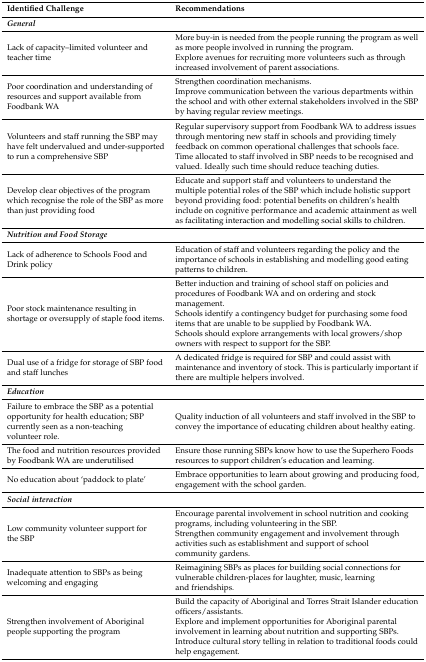
| Identified Challenge | Recommendations |
 | --- | --- |
 | General |  |
 | Lack of capacity–limited volunteer and teacher time | More buy-in is needed from the people running the program as well as more people involved in running the program.Explore avenues for recruiting more volunteers such as through increased involvement of parent associations. |
 | Poor coordination and understanding of resources and support available from Foodbank WA | Strengthen coordination mechanisms.Improve communication between the various departments within the school and with other external stakeholders involved in the SBP by having regular review meetings. |
 | Volunteers and staff running the SBP may have felt undervalued and under-supported to run a comprehensive SBP | Regular supervisory support from Foodbank WA to address issues through mentoring new staff in schools and providing timely feedback on common operational challenges that schools face.Time allocated to staff involved in SBP needs to be recognised and valued. Ideally such time should reduce teaching duties. |
 | Develop clear objectives of the program which recognise the role of the SBP as more than just providing food | Educate and support staff and volunteers to understand the multiple potential roles of the SBP which include holistic support beyond providing food: potential benefits on children’s health include on cognitive performance and academic attainment as well as facilitating interaction and modelling social skills to children. |
 | Nutrition and Food Storage |  |
 | Lack of adherence to Schools Food and Drink policy | Education of staff and volunteers regarding the policy and the importance of schools in establishing and modelling good eating patterns to children. |
 | Poor stock maintenance resulting in shortage or oversupply of staple food items. | Better induction and training of school staff on policies and procedures of Foodbank WA and on ordering and stock management.Schools identify a contingency budget for purchasing some food items that are unable to be supplied by Foodbank WA.Schools should explore arrangements with local growers/shop owners with respect to support for the SBP. |
 | Dual use of a fridge for storage of SBP food and staff lunches | A dedicated fridge is required for SBP and could assist with maintenance and inventory of stock. This is particularly important if there are multiple helpers involved. |
 | Education |  |
 | Failure to embrace the SBP as a potential opportunity for health education; SBP currently seen as a non-teaching volunteer role. | Quality induction of all volunteers and staff involved in the SBP to convey the importance of educating children about healthy eating. |
 | The food and nutrition resources provided by Foodbank WA are underutilised | Ensure those running SBPs know how to use the Superhero Foods resources to support children’s education and learning. |
 | No education about ‘paddock to plate’ | Embrace opportunities to learn about growing and producing food, engagement with the school garden. |
 | Social interaction |  |
 | Low community volunteer support for the SBP | Encourage parental involvement in school nutrition and cooking programs, including volunteering in the SBP.Strengthen community engagement and involvement through activities such as establishment and support of school community gardens. |
 | Inadequate attention to SBPs as being welcoming and engaging | Reimagining SBPs as places for building social connections for vulnerable children-places for laughter, music, learning and friendships. |
 | Strengthen involvement of Aboriginal people supporting the program | Build the capacity of Aboriginal and Torres Strait Islander education officers/assistants.Explore and implement opportunities for Aboriginal parental involvement in learning about nutrition and supporting SBPs.Introduce cultural story telling in relation to traditional foods could help engagement. |